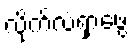
လိုက်လံရှာဖွေ